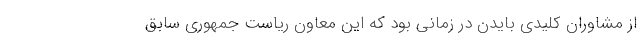
از مشاوران کلیدی بایدن در زمانی بود که این معاون ریاست جمهوری سابق